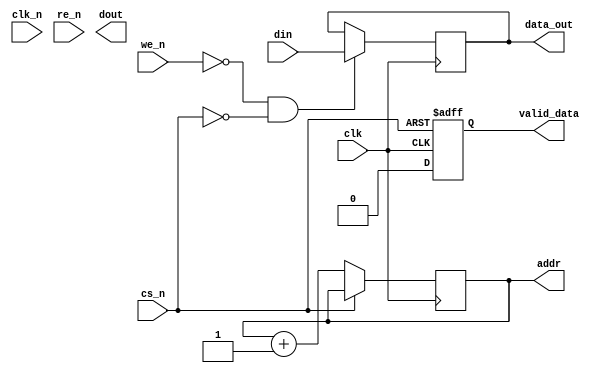
module gddr3_io_block #(
    parameter DATA_WIDTH = 8,  // Change to 4, 8, etc. based on configuration
    parameter ADDR_WIDTH = 16   // Address width for GDDR3 memory
)(
    input wire clk,              // Clock input
    input wire clk_n,            // Inverted clock input for differential clocking
    input wire cs_n,             // Chip Select (active low)
    input wire we_n,             // Write Enable (active low)
    input wire re_n,             // Read Enable (active low)
    input wire [DATA_WIDTH-1:0] din, // Data input from controller
    output reg [DATA_WIDTH-1:0] dout, // Data output to controller
    output reg [ADDR_WIDTH-1:0] addr, // Address bus
    output reg valid_data,        // Data valid signal
    output reg [DATA_WIDTH-1:0] data_out // Output data to GDDR3
);

// Internal signal declarations
reg [DATA_WIDTH-1:0] read_buffer; // Buffer for read data
reg busy;                          // Busy signal for data processing
reg [3:0] state;                  // State variable for FSM

// State Machine Definitions
localparam IDLE       = 4'b0000,
           READ       = 4'b0001,
           WRITE      = 4'b0010,
           POWER_SAVING = 4'b0011;

// I/O Buffers for Read Path
always @(posedge clk or negedge cs_n) begin
    if (!cs_n) begin
        read_buffer <= dout; // Latch read data on Chip Select
        valid_data <= 1'b1;  // Data is valid
    end
    else begin
        valid_data <= 1'b0;  // Data is not valid
    end
end

// I/O Buffers for Write Path
always @(posedge clk) begin
    if (!we_n && !cs_n) begin
        // Driving output data based on write enable and chip select
        data_out <= din; // Driving data onto the bus
    end
end

// Read/Write Control Logic
always @(posedge clk) begin
    if (!cs_n) begin
        if (!we_n) begin
            state <= WRITE; // Write operation
        end else if (!re_n) begin
            state <= READ; // Read operation
        end else begin
            state <= IDLE; // No active operation
        end
    end else begin
        state <= IDLE; // Chip select inactive
    end
end

// Manage Addressing
always @(posedge clk) begin
    if (!cs_n) begin
        addr <= addr + 1; // Increment address for burst reads/writes
    end
end

// Power Management
always @(posedge clk) begin
    if (!cs_n) begin
        busy <= 1'b1; // Device is busy when selected
    end else begin
        busy <= 1'b0; // Device is idle
    end
end

// Timing and Protocol Compliance
// You'd need to create a timing control mechanism to adhere to GDDR3 timings.
// This is a simplified placeholder; actual timing controls would be more complex.
initial begin
    #10; // Placeholder for timing control
end

// Optional Error Detection (e.g., simple parity check for ECC)
reg parity_bit;
always @(posedge clk) begin
    parity_bit <= ^data_out; // Simple parity calculation
end

endmodule